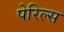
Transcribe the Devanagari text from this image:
पेरिल्स